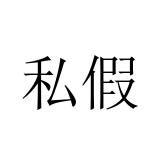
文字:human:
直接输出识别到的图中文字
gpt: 私假